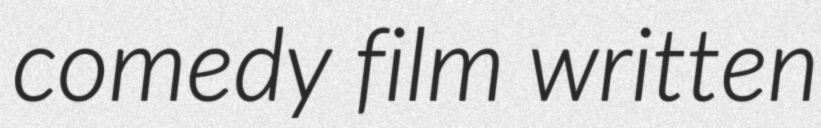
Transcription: comedy film written